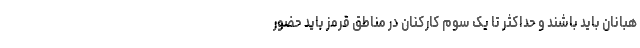
هبانان باید باشند و حداکثر تا یک سوم کارکنان در مناطق قرمز باید حضور